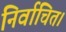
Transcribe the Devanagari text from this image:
निर्वाचित।